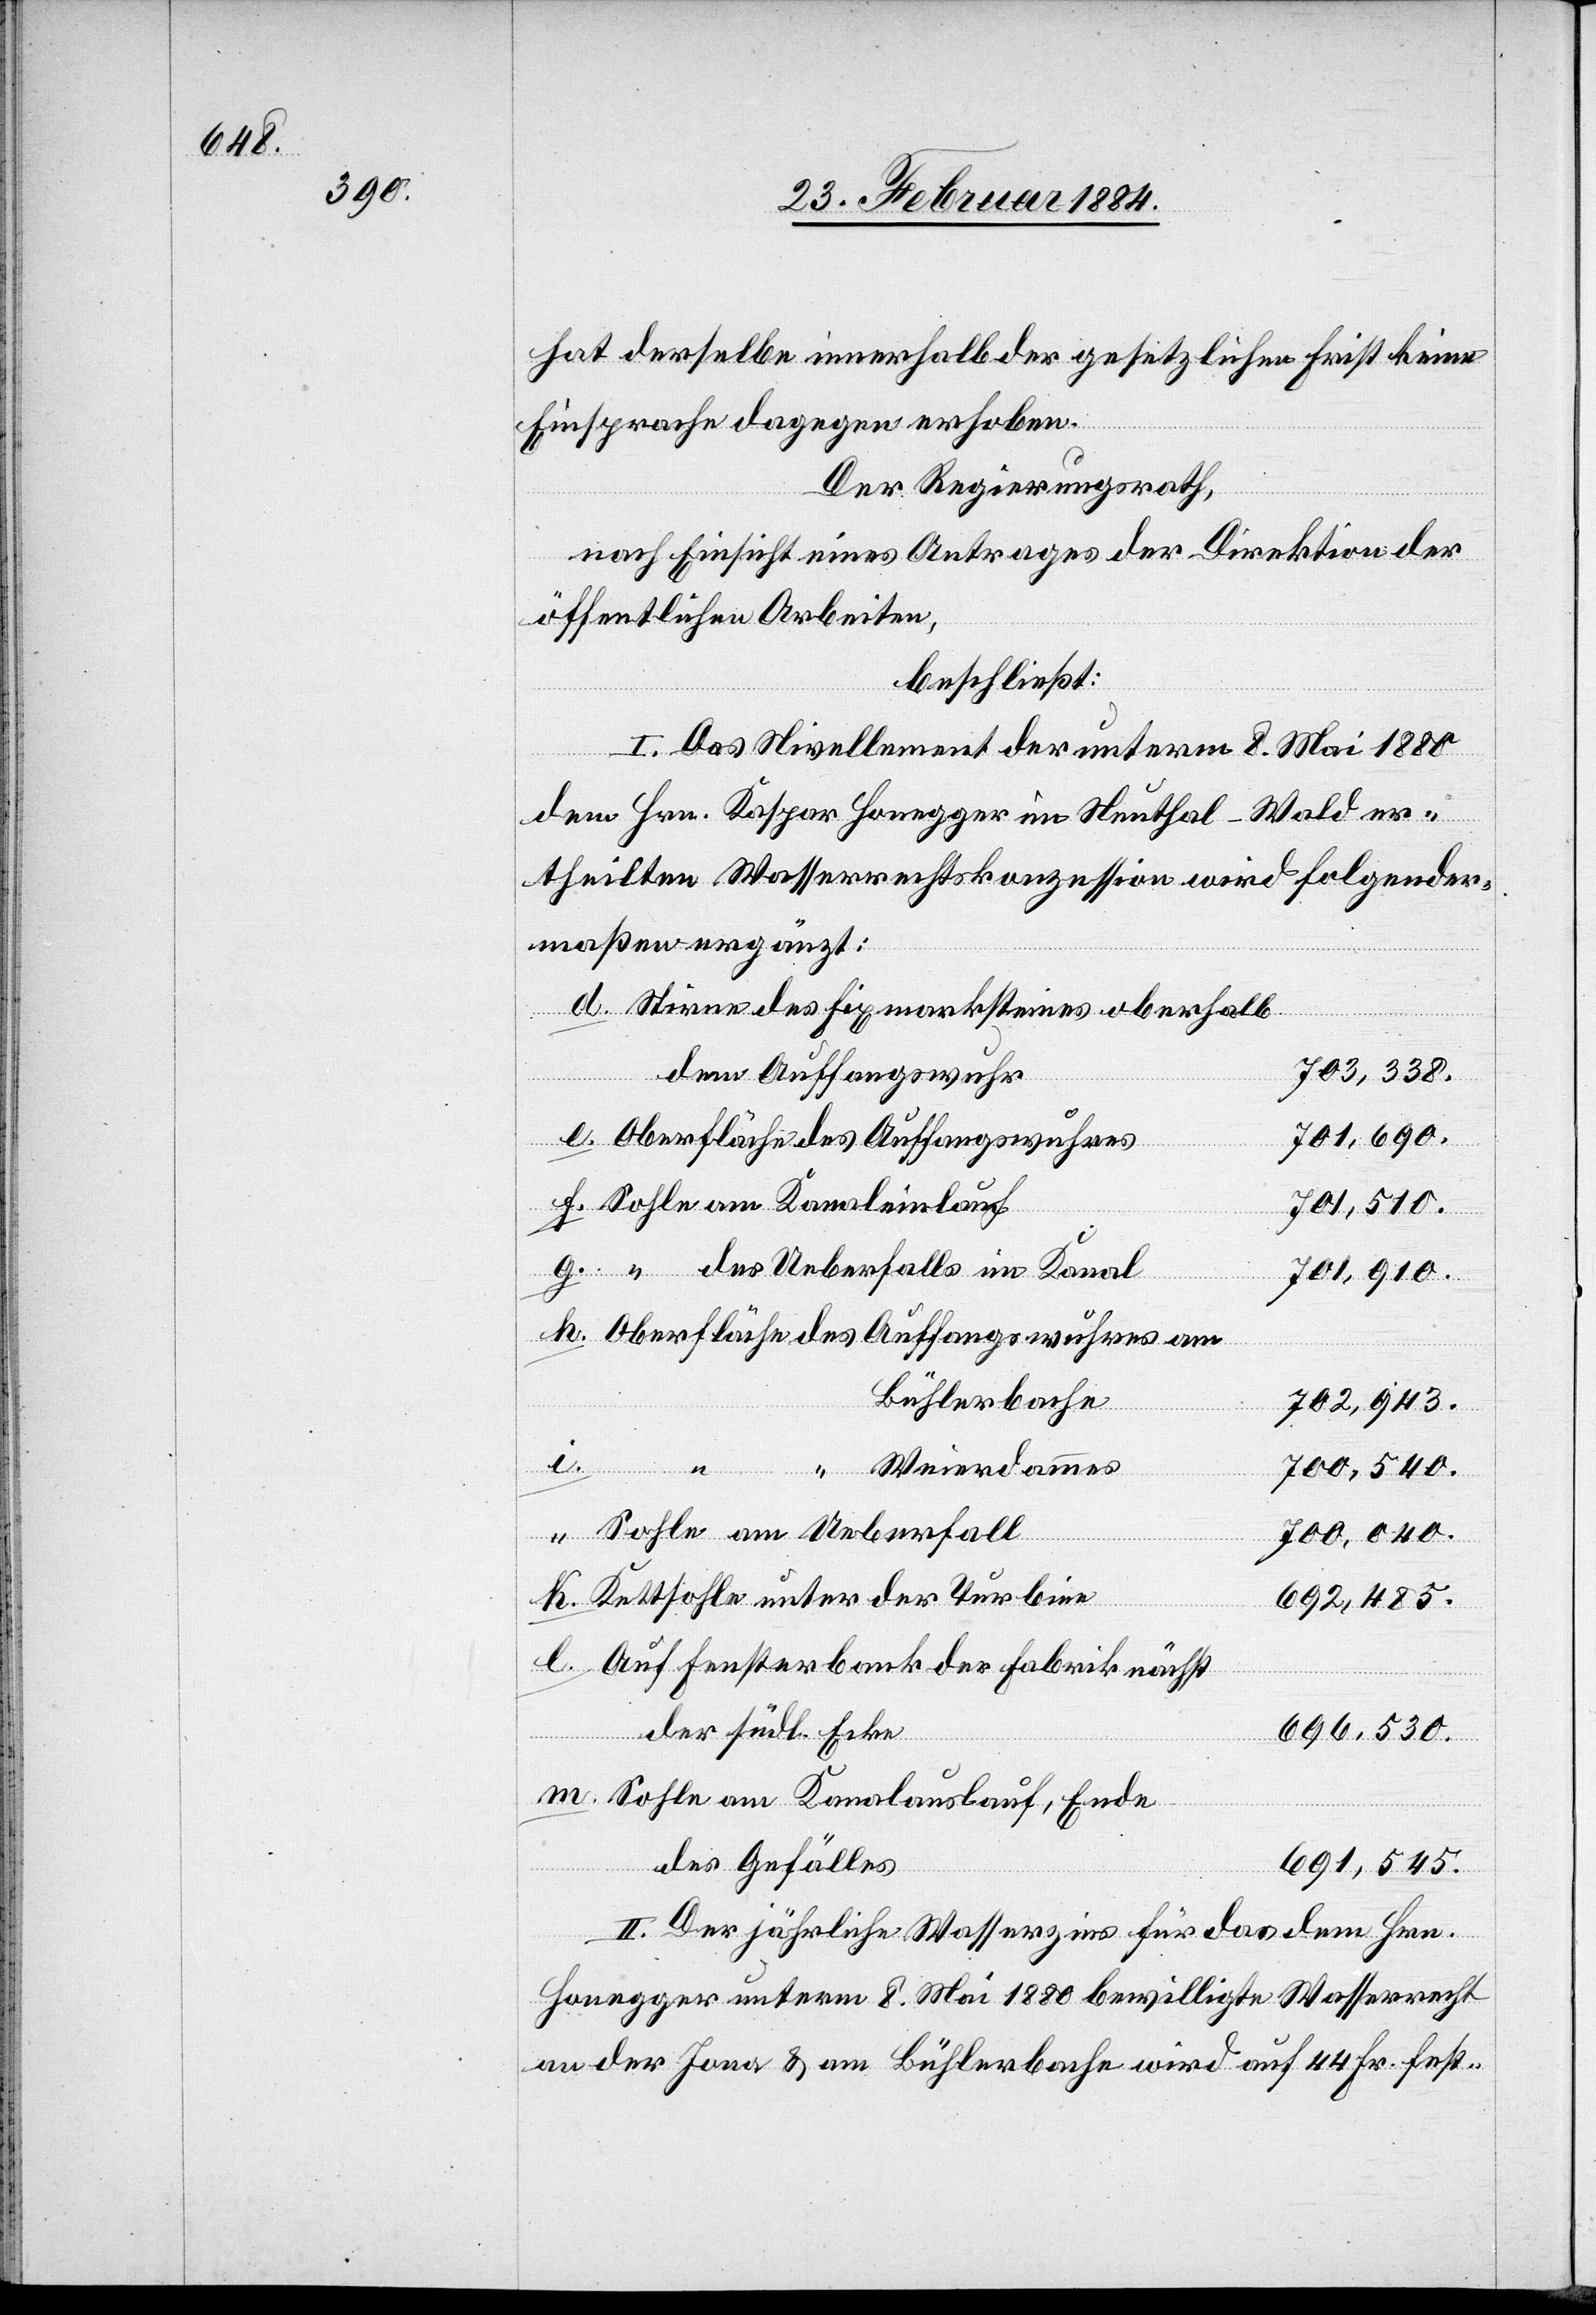
hat derselbe innerhalb der gesetzlichen Frist keine
e.
Einsprache dagegen erhoben.
Der Regierungsrath,
l.
nach Einsicht eines Antrages der Direktion der
öffentlichen Arbeiten,
beschließt:
I. Das Nivellement der unterm 8. Mai 1880
dem Hrn. Kaspar Honegger in Neuthal - Wald er¬
theilten Wasserrechtskonzession wird folgender¬
maßen ergänzt:
Stirne des Fixmarksteines oberhalb
703,338.
dem Auffangswuhr
701,690.
Oberfläche des Auffangswuhres
Sohle am Kanaleinlauf
701,510.
“ des Ueberfalls im Kanal
701,910.
Oberfläche des Auffangswuhres am
Bühlerbache
702,943.
“ Weierdammes
700,540.
Sohle am Ueberfall
700,040.
Kettsohle unter der Turbine
692,485.
Auf Fensterbank der Fabrik nächst
der südl. Ecke
696,530.
Sohle am Kanalauslauf, Ende
des Gefälles
691,545.
II. Der jährliche Wasserzins für das dem Hrn.
Honegger unterm 8. Mai 1880 bewilligte Wasserrecht
an der Jona & am Bühlerbache wird auf 44 Fr. fest-